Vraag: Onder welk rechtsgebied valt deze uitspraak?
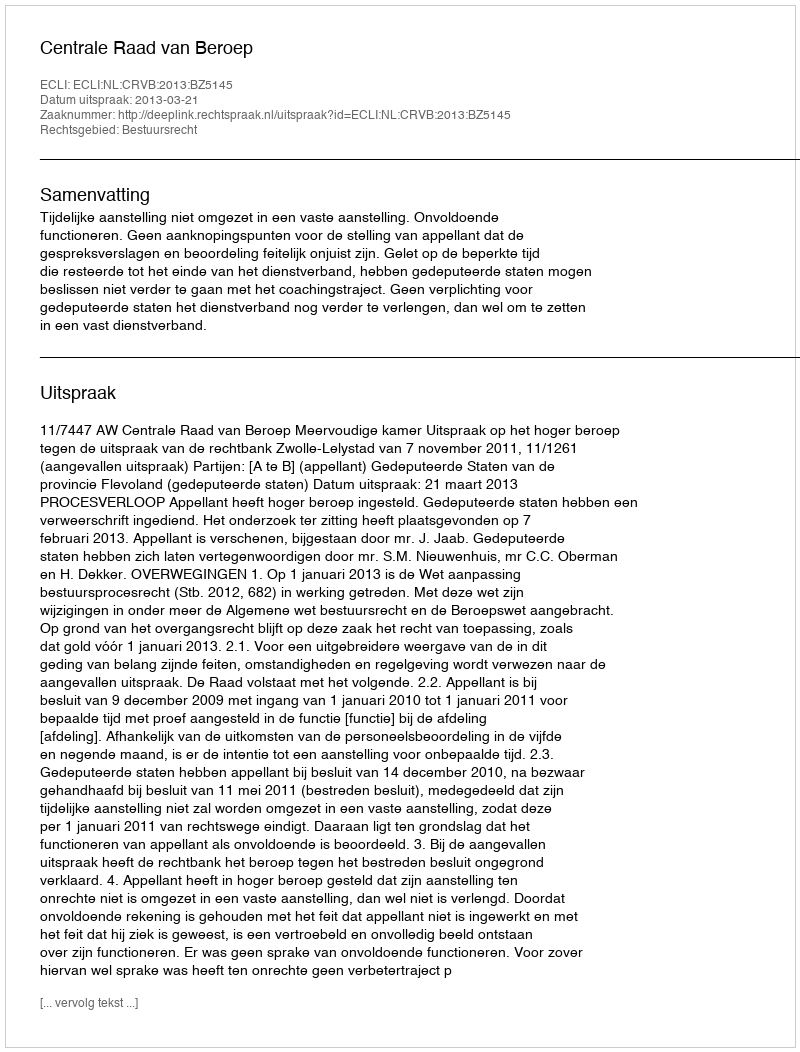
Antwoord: Bestuursrecht